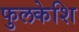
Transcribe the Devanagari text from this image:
फुलकेशि